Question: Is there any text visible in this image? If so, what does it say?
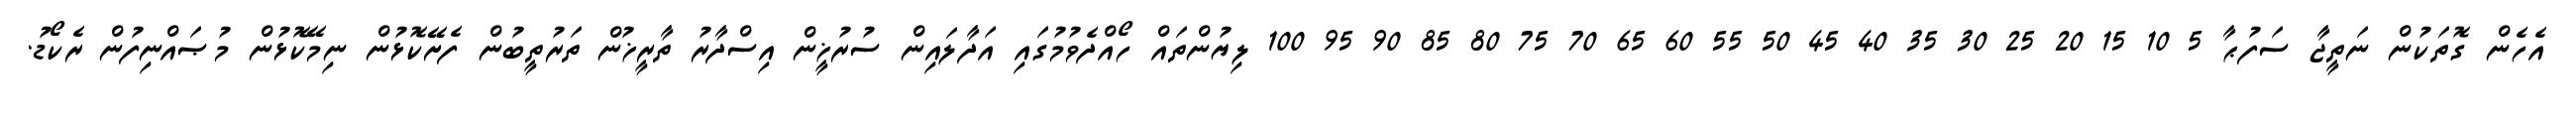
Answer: އެހެން ގޮތަކުން ނަތީޖާ ސަފުޙާ 5 10 15 20 25 30 35 40 45 50 55 60 65 70 75 80 85 90 95 100 ލިޔުންތައް ހޯއްދެވުމުގައި އަދާލައިން ސުރުޚީން އިސްދާރު ތާރީޚުން ތަރުތީބުން ފެށޭކޮޅުން ނިމޭކޮޅުން މުޞައްނިފުން ރެކޯޑު.